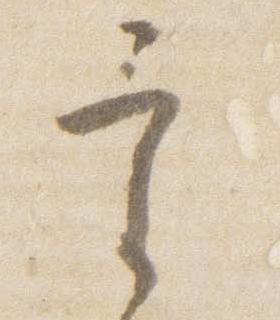
宰